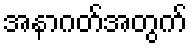
အနာဂတ်အတွက်